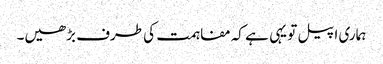
ہماری اپیل تو یہی ہے کہ مفاہمت کی طرف بڑھیں۔